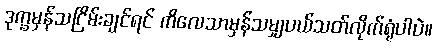
ဒုက္ခမှန်သငြိမ်းချင်ရင် ကိလေသာမှန်သမျှပယ်သတ်လိုက်ရုံပါပဲ။